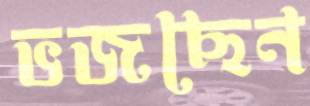
ভজছেন